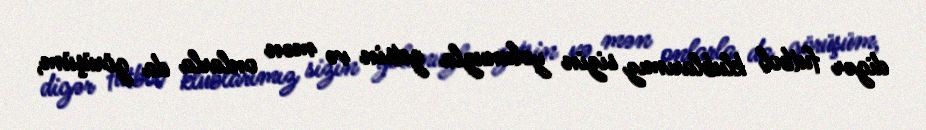
digər futbol klublarımız sizin yolunuzla getsin və mən onlarla da görüşüm,